Leaving Certificate Examination (including Day School Certificate (Higher) General paper), 1938
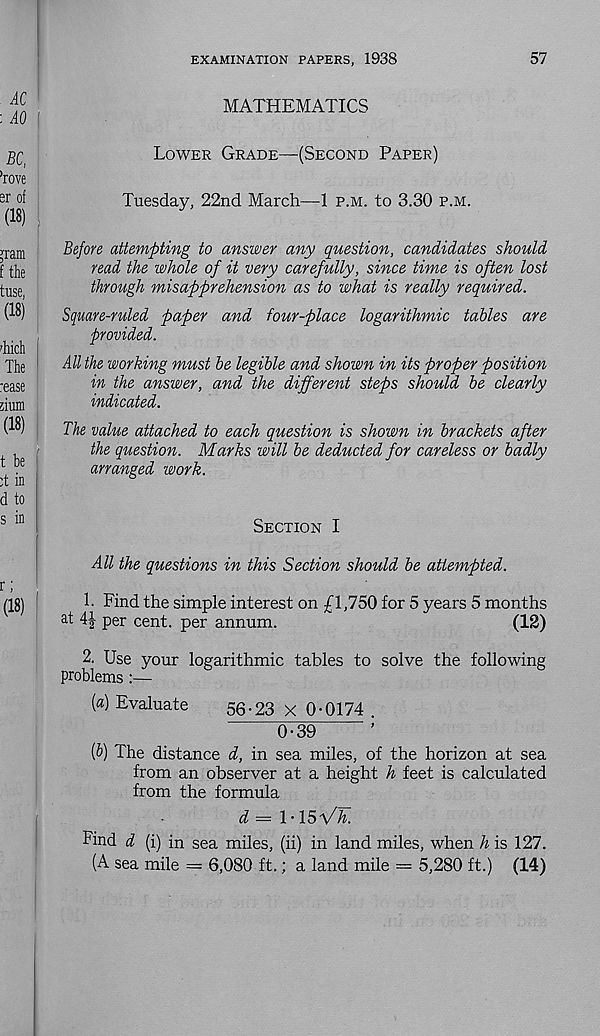
EXAMINATION PAPERS, 1938
57
MATHEMATICS
Lower Grade—(Second Paper)
Tuesday, 22nd March—1 p.m. to 3.30 p.m.
Before attempting to answer any question, candidates should
read the whole of it very carefully, since time is often lost
through misapprehension as to what is really required.
Square-ruled paper and four-place logarithmic tables are
provided.
All the working must be legible and shown in its proper position
in the answer, and the different steps should be clearly
indicated.
The value attached to each question is shown in brackets after
the question. Marks will be deducted for careless or badly
arranged work.
Section I
All the questions in this Section should be attempted.
h Find the simple interest on £1,750 for 5 years 5 months
at 4|- per cent, per annum.
(12)
2. Use your logarithmic tables to solve the following
problems 6
(a) Evaluate
56.23 x 0-0174 .
0^39
’
(b) The distance d, in sea miles, of the horizon at sea
from an observer at a height h feet is calculated
from the formula
d — \ - ISVh.
Find d (i) in sea miles, (ii) in land miles, when h is 127.
(A sea mile = 6,080 ft.; a land mile = 5,280 ft.) (14)